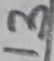
Text: 13